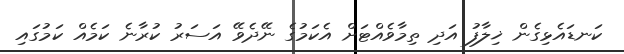
ކަނޑައެޅިގެން ޚިލާފު އަދި ތިމާވެއްޓަށް އެކަމުގެ ނޭދެވޭ އަސަރު ކުރާނެ ކަމެއް ކަމުގައި